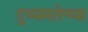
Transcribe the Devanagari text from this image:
दुय्यमतेच्या